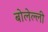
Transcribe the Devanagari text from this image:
बोलेल्ली